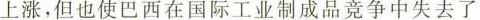
上涨，但也使巴西在国际工业制成品竞争中失去了